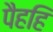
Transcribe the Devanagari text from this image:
पैहहि